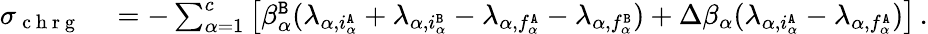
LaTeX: \begin{array}{rl}{\sigma_{\mathrm{~c~h~r~g~}}}&{{}=-\sum_{\alpha=1}^{c}\left[\beta_{\alpha}^{\tt B}(\lambda_{\alpha,i_{\alpha}^{\tt A}}+\lambda_{\alpha,i_{\alpha}^{\tt B}}-\lambda_{\alpha,f_{\alpha}^{\tt A}}-\lambda_{\alpha,f_{\alpha}^{\tt B}})+\Delta\beta_{\alpha}(\lambda_{\alpha,i_{\alpha}^{\tt A}}-\lambda_{\alpha,f_{\alpha}^{\tt A}})\right]\, .}\end{array}